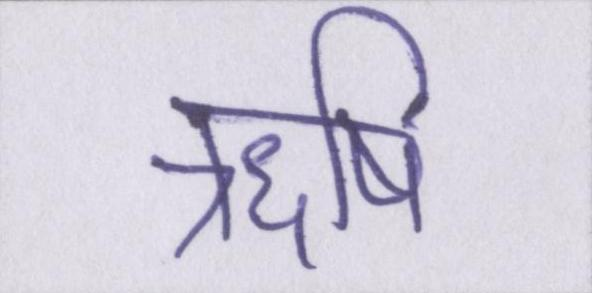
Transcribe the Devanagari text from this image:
ऋषि